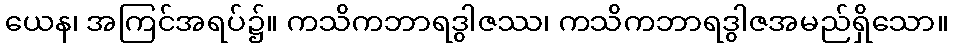
ယေန၊ အကြင်အရပ်၌။ ကသိကဘာရဒွါဇဿ၊ ကသိကဘာရဒွါဇအမည်ရှိသော။